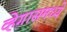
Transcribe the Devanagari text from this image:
व्हेगासमध्ये